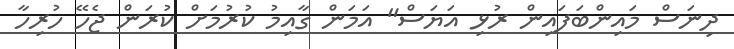
ދިނަސް މައިންބަފައިން ރުޅި އަޔަސް" އަމަން ގާއިމު ކުރުމަށް ކުރަން ޖެހޭ ހުރިހާ